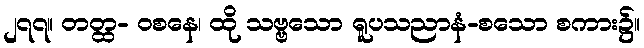
၂၇၇။ တတ္ထ- ဝစနေ၊ ထို သဗ္ဗသော ရူပသညာနံ-စသော စကား၌။